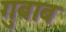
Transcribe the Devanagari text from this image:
गुबाब